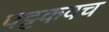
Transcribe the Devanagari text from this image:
पट्टकवच